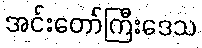
အင်းတော်ကြီးဒေသ